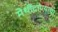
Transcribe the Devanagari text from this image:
मेथीदाण्याचा